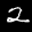
Label: 2